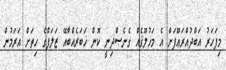
މިފަހަރު އަބްދުއްރަޢޫފަށް އެ މަޚުލޫޤެއް ގެނެސްދިނީ ކޮން ޚަބަރެއްބާއޭ ޒަލަފްގެ ހިތަށް އަރަމުން